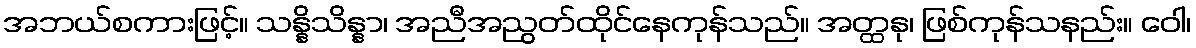
အဘယ်စကားဖြင့်။ သန္နိသိန္နာ၊ အညီအညွတ်ထိုင်နေကုန်သည်။ အတ္ထနု၊ ဖြစ်ကုန်သနည်း။ ဝေါ၊